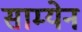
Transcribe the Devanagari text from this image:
साम्येन